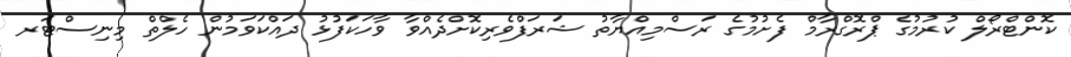
ކޮންޓްރޯލް ކުރުމުގެ ޕްރޮގްރާމް ފެށުމުގެ ރަސްމިއްޔާތު ޝަރަފްވެރިކޮށްދެއްވާ ވާހަކަފުޅު ދައްކަވަމުން ހެލްތް މިނިސްޓަރ